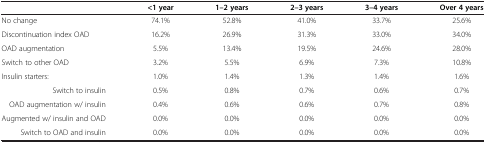
<table><thead><tr><td><b> </b></td><td><b>&lt;1 year</b></td><td><b>1–2 years</b></td><td><b>2–3 years</b></td><td><b>3–4 years</b></td><td><b>Over 4 years</b></td></tr></thead><tbody><tr><td>No change</td><td>74.1%</td><td>52.8%</td><td>41.0%</td><td>33.7%</td><td>25.6%</td></tr><tr><td>Discontinuation index OAD</td><td>16.2%</td><td>26.9%</td><td>31.3%</td><td>33.0%</td><td>34.0%</td></tr><tr><td>OAD augmentation</td><td>5.5%</td><td>13.4%</td><td>19.5%</td><td>24.6%</td><td>28.0%</td></tr><tr><td>Switch to other OAD</td><td>3.2%</td><td>5.5%</td><td>6.9%</td><td>7.3%</td><td>10.8%</td></tr><tr><td>Insulin starters:</td><td>1.0%</td><td>1.4%</td><td>1.3%</td><td>1.4%</td><td>1.6%</td></tr><tr><td>Switch to insulin</td><td>0.5%</td><td>0.8%</td><td>0.7%</td><td>0.6%</td><td>0.7%</td></tr><tr><td>OAD augmentation w/ insulin</td><td>0.4%</td><td>0.6%</td><td>0.6%</td><td>0.7%</td><td>0.8%</td></tr><tr><td>Augmented w/ insulin and OAD</td><td>0.0%</td><td>0.0%</td><td>0.0%</td><td>0.0%</td><td>0.0%</td></tr><tr><td>Switch to OAD and insulin</td><td>0.0%</td><td>0.0%</td><td>0.0%</td><td>0.0%</td><td>0.0%</td></tr></tbody></table>